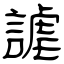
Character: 謔